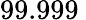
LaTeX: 99.999\